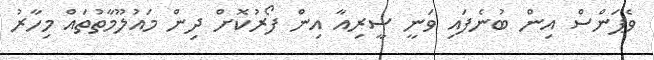
ވެޕަންސް އިން ބުނެފައި ވަނީ ސީރިއާ އިން ފޯރުކޮށް ދިން މައުލޫމާތުތައް މިހާރު